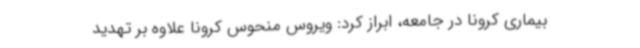
بیماری کرونا در جامعه، ابراز کرد: ویروس منحوس کرونا علاوه بر تهدید